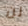
لن